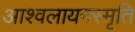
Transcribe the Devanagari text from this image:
आश्वलायनस्मृति